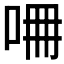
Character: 𠱡